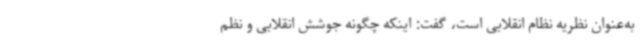
به‌عنوان نظریه نظام انقلابی است، گفت: اینکه چگونه جوشش انقلابی و نظم